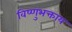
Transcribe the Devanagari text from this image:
विष्णुभक्ताय